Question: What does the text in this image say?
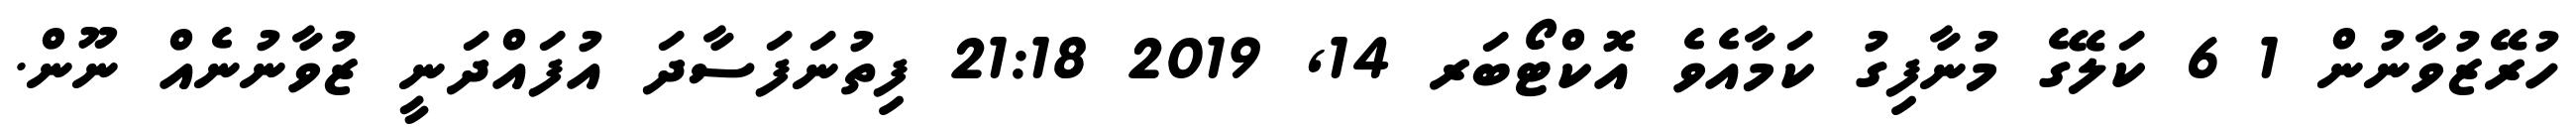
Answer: ހުރޭޒުވާނުން 1 6 ކަލޭގެ މުނާފިގު ކަމާއެވެ އޮކްޓޯބަރ 14, 2019 21:18 ފިތުނަފަސާދަ އުފައްދަނީ ޒުވާނުނެއް ނޫން.